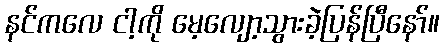
နင်ကလေ ငါ့ကို မေ့လျော့သွားခဲ့ပြန်ပြီနော်။